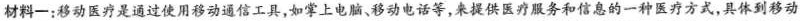
材料一：移动医疗是通过使用移动通信工具，如掌上电脑、移动电话等，来提供医疗服务和信息的一种医疗方式，具体到移动